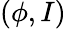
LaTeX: (\phi,I)